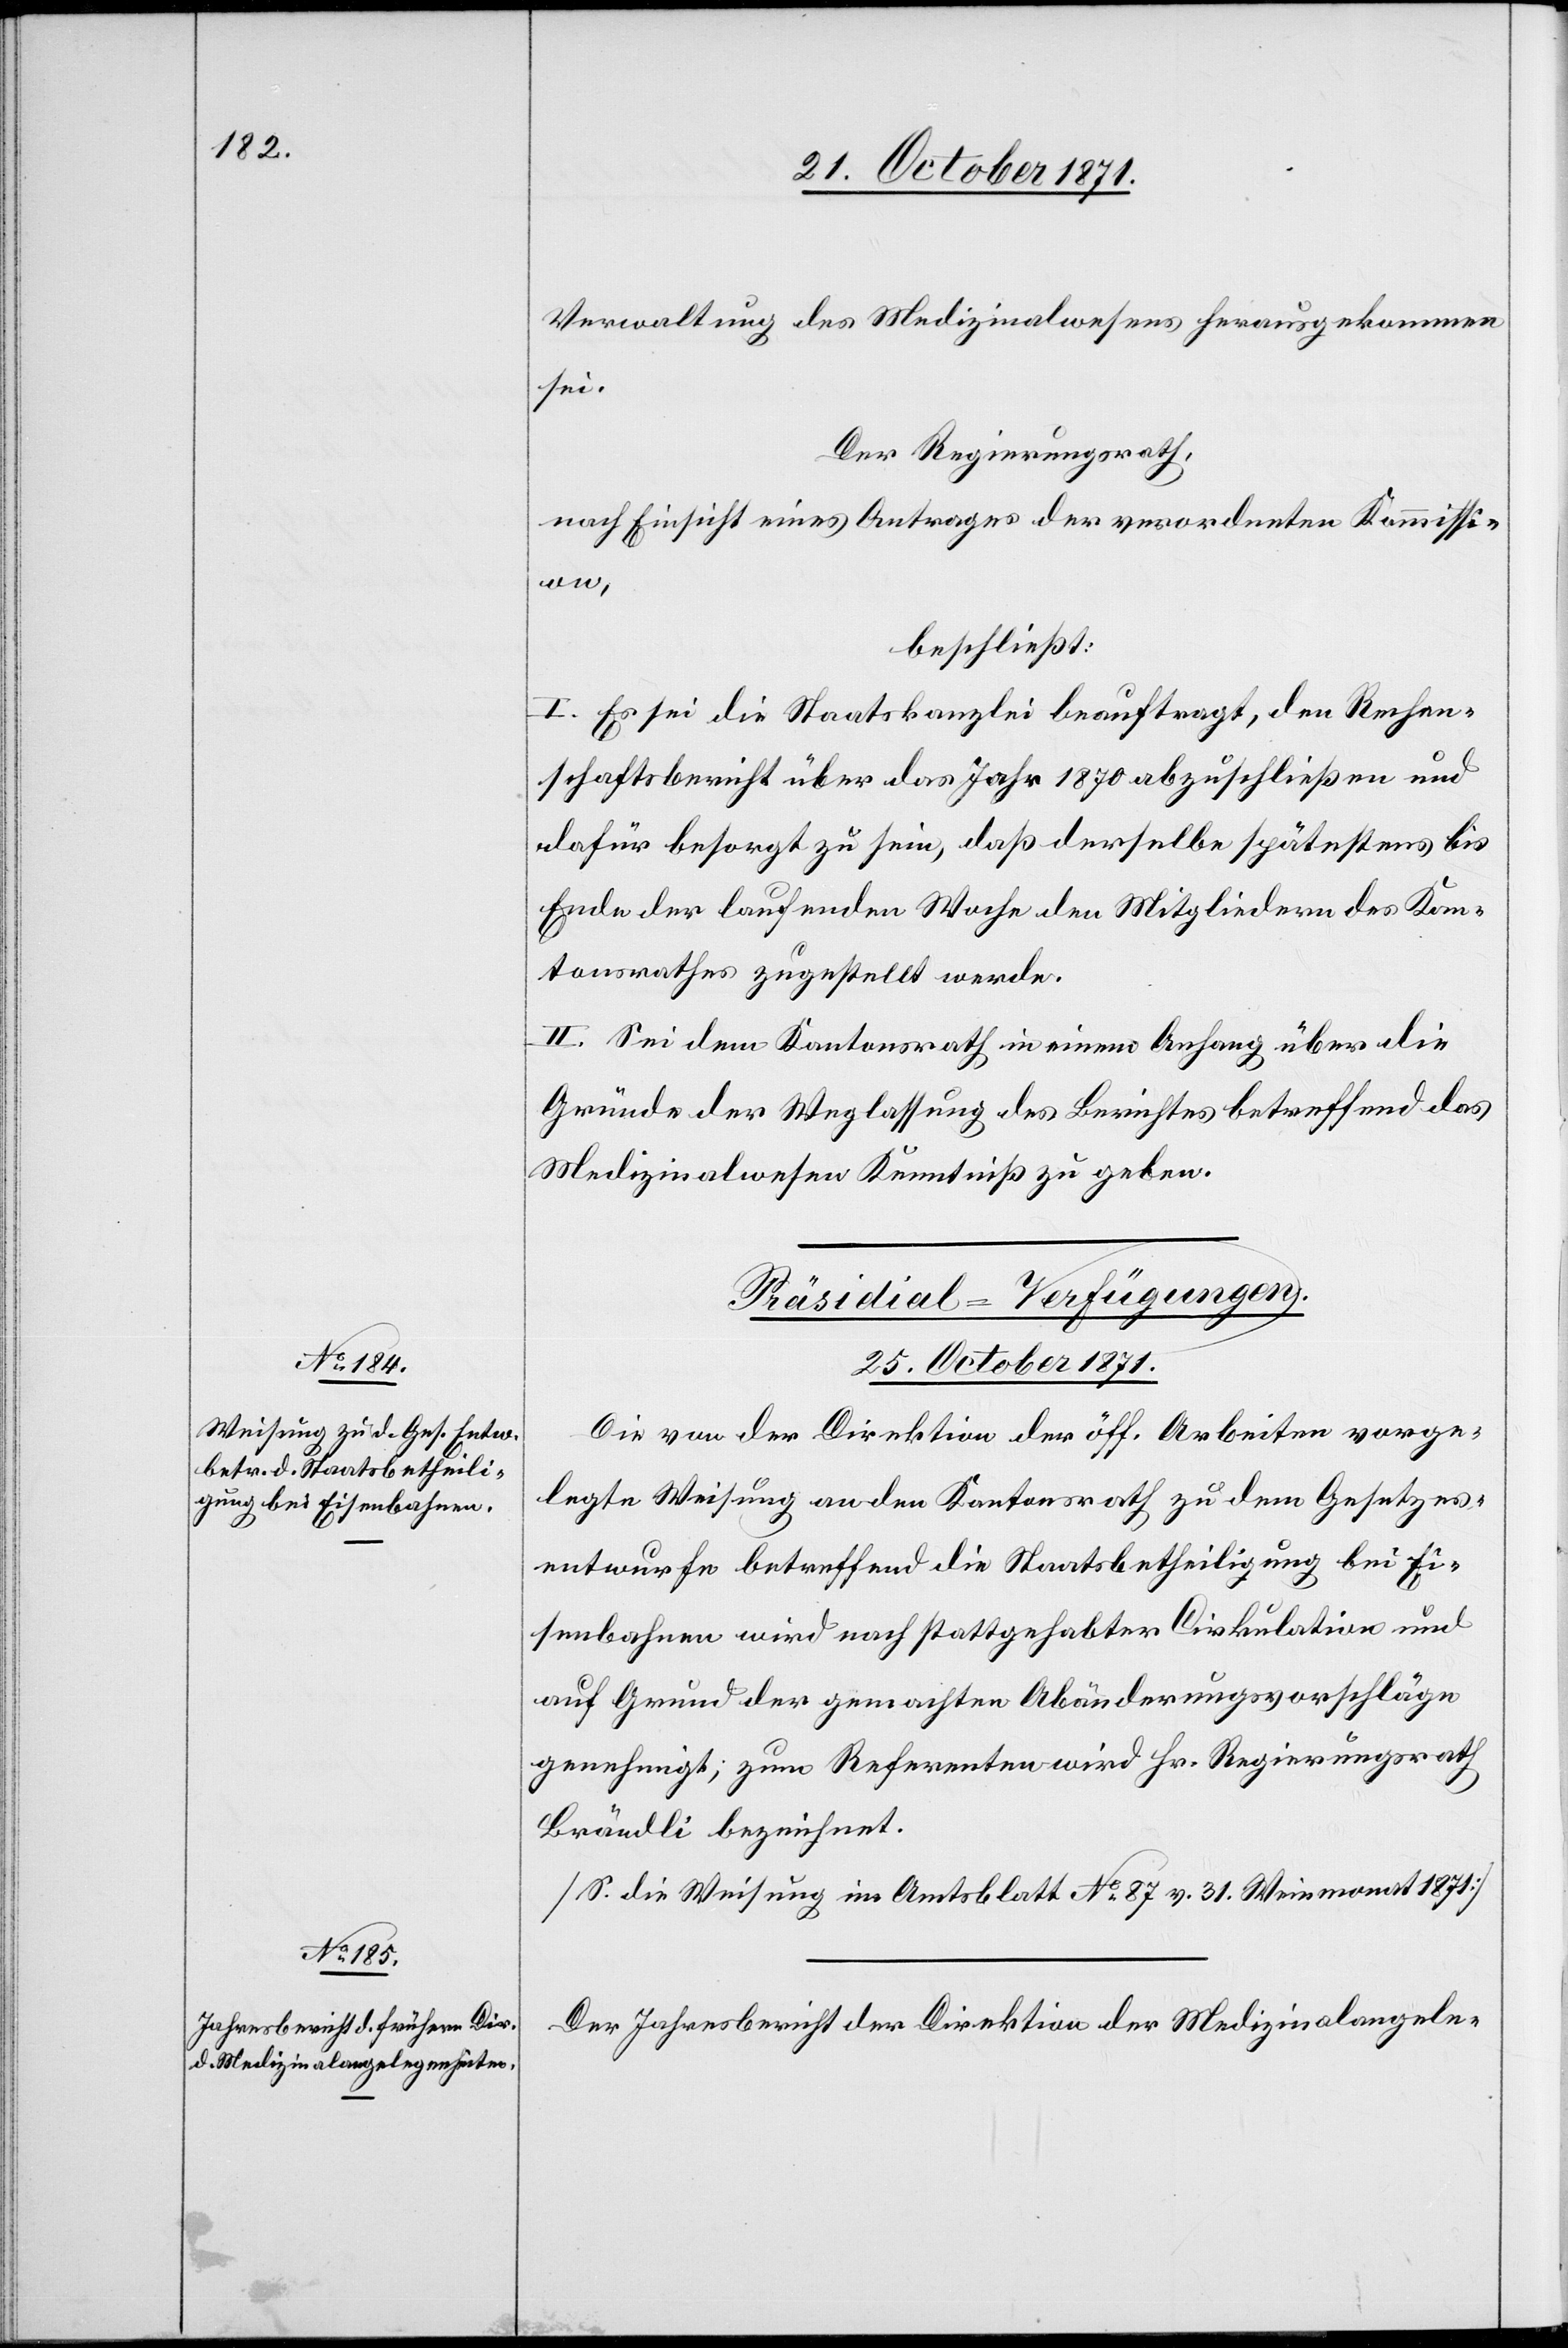
Verwaltung des Medizinalwesens herausgekommen
sei.
Der Regierungsrath,
nach Einsicht eines Antrages der verordneten Kommissi¬
on,
beschließt:
I. Es sei die Staatskanzlei beauftragt, den Rechen¬
schaftsbericht über das Jahr 1870 abzuschließen und
dafür besorgt zu sein, daß derselbe spätestens bis
Ende der laufenden Woche den Mitgliedern des Kan¬
tonsrathes zugestellt werde.
II. Sei dem Kantonsrath in einem Anhang über die
Gründe der Weglassung des Berichtes betreffend das
Medizinalwesen Kenntniß zu geben.
[Präsidial-Verfügungen.
25. October 1871.]
Die von der Direktion der öff. Arbeiten vorge¬
legte Weisung an den Kantonsrath zu dem Gesetzes¬
entwurfe betreffend die Staatsbetheiligung bei Ei¬
senbahnen wird nach stattgehabter Cirkulation und
auf Grund der gemachten Abänderungsvorschläge
genehmigt; zum Referenten wird Hr. Regierungsrath
Brändli bezeichnet.
[S. die Weisung im Amtsblatt No 87 v. 31. Weinmonat 1871]
Der Jahresbericht der Direktion der Medizinalangele-